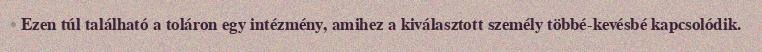
Ezen túl található a toláron egy intézmény, amihez a kiválasztott személy többé-kevésbé kapcsolódik.